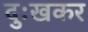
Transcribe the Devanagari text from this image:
दुःखकर